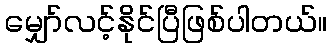
မျှော်လင့်နိုင်ပြီဖြစ်ပါတယ်။